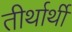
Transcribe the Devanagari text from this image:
तीर्थार्थी